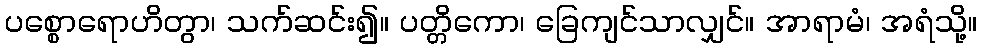
ပစ္စောရောဟိတွာ၊ သက်ဆင်း၍။ ပတ္တိကော၊ ခြေကျင်သာလျှင်။ အာရာမံ၊ အရံသို့။